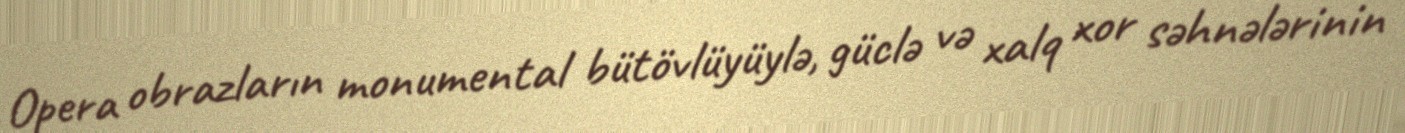
Opera obrazların monumental bütövlüyüylə, güclə və xalq xor səhnələrinin